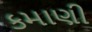
કમાણી